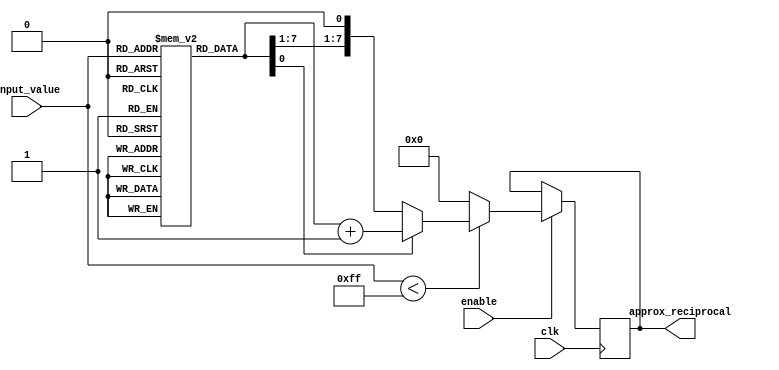
module ApproximateReciprocal
#(
    parameter WIDTH = 8  // Bit-width for input and output (adjustable)
)
(
    input wire clk,
    input wire enable,
    input wire [WIDTH-1:0] input_value,
    output reg [WIDTH-1:0] approx_reciprocal
);

    // Lookup table for approximate reciprocal values
    // Note: This should ideally be filled with precomputed approximate reciprocals
    reg [WIDTH-1:0] lut [0:255]; // Example for 8-bit input

    initial begin
        // Populate LUT with approximate reciprocal values (example values)
        lut[0]  = 8'h00;  // 1/0 is undefined; assign 0 or handle error
        lut[1]  = 8'hFF;  // 1/1 = 1
        lut[2]  = 8'h7F;  // 1/2  0.5
        lut[3]  = 8'h55;  // 1/3  0.333
        // Populate additional values accordingly...
        // Example: lut[4] = 8'h40; // 1/4 = 0.25
        // Complete the LUT for your specific application.
    end

    // Rounding logic can be included based on desired accuracy
    function [WIDTH-1:0] round_value(input [WIDTH-1:0] value);
        // Simple rounding logic (round towards even)
        begin
            if (value[0] == 1'b1) begin
                round_value = value + 1;
            end else begin
                round_value = value;
            end
        end
    endfunction

    always @(posedge clk) begin
        if (enable) begin
            // Ensure input value is within range of LUT
            if (input_value < 8'hFF) begin
                approx_reciprocal <= round_value(lut[input_value]);
            end else begin
                approx_reciprocal <= 8'h00; // Undefined case for input >= 255
            end
        end else begin
            approx_reciprocal <= approx_reciprocal; // Hold previous value
        end
    end

endmodule